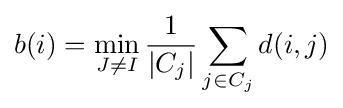
b(i)=\min _{J\neq I}{\frac {1}{|C_{j}|}}\sum _{j\in C_{j}}d(i,j)